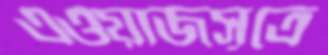
এওয়াজসূত্রে